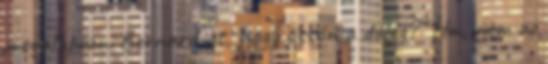
megalapozni Bernard-ot, hogy üssön a dolog?” Hm, nem az